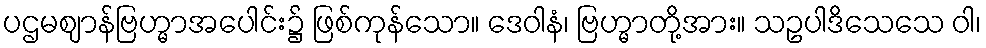
ပဌမဈာန်ဗြဟ္မာအပေါင်း၌ ဖြစ်ကုန်သော။ ဒေဝါနံ၊ ဗြဟ္မာတို့အား။ သဥပါဒိသေသေ ဝါ၊